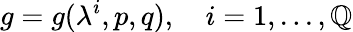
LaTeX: g=g(\lambda^{i},p,q),\ \ \ \ i=1,...,\mathbb{Q}